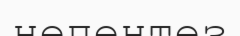
непентез